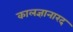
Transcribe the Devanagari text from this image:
कालज्ञानारद